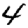
Digit: 4